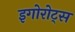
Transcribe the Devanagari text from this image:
इगोरोट्स